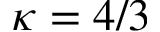
\kappa = 4 / 3